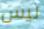
ليس